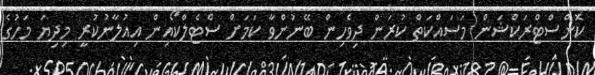
ކޮންސްޓްރަކްޝަން މަސައްކަތް ކުރަން ދިވެހިން ބޭނުންވާ ކަަމަށް ސްޓެލްކޯއިން އިއުލާނުކުރީ މިދިޔަ މަހުގެ